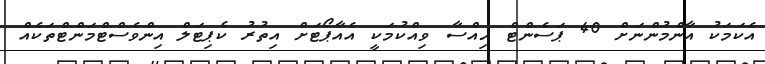
އެކަމަކު އާންމުންނަށް 40 ޕަސެންޓް ހިއްސާ ވިއްކުމަކީ އެއާޕޯޓަށް އިތުރު ކެޕިޓަލް އިންވެސްޓްމަންޓްތަކެއް